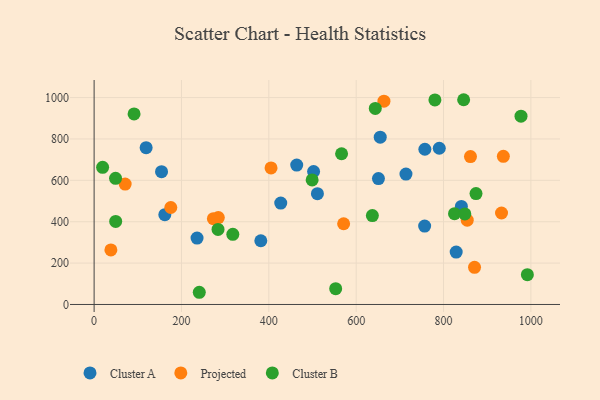
{"axis": {"x": "Distance", "y": "Sales"}, "legend": ["Cluster A", "Cluster B", "Projected"], "data": [{"x": "235.7", "y": 321.1, "type": "Cluster A"}, {"x": "427.3", "y": 489.9, "type": "Cluster A"}, {"x": "119.1", "y": 757.7, "type": "Cluster A"}, {"x": "756.8", "y": 379.0, "type": "Cluster A"}, {"x": "651.0", "y": 608.3, "type": "Cluster A"}, {"x": "463.9", "y": 673.6, "type": "Cluster A"}, {"x": "714.0", "y": 630.1, "type": "Cluster A"}, {"x": "502.5", "y": 642.7, "type": "Cluster A"}, {"x": "511.3", "y": 535.6, "type": "Cluster A"}, {"x": "381.7", "y": 308.0, "type": "Cluster A"}, {"x": "790.3", "y": 755.1, "type": "Cluster A"}, {"x": "161.9", "y": 433.9, "type": "Cluster A"}, {"x": "655.1", "y": 808.7, "type": "Cluster A"}, {"x": "757.3", "y": 750.3, "type": "Cluster A"}, {"x": "154.4", "y": 642.0, "type": "Cluster A"}, {"x": "840.9", "y": 474.0, "type": "Cluster A"}, {"x": "829.0", "y": 253.2, "type": "Cluster A"}, {"x": "175.6", "y": 468.7, "type": "Projected"}, {"x": "871.0", "y": 179.6, "type": "Projected"}, {"x": "284.4", "y": 420.0, "type": "Projected"}, {"x": "405.1", "y": 660.2, "type": "Projected"}, {"x": "273.1", "y": 414.9, "type": "Projected"}, {"x": "663.6", "y": 982.8, "type": "Projected"}, {"x": "571.3", "y": 390.2, "type": "Projected"}, {"x": "38.4", "y": 263.9, "type": "Projected"}, {"x": "71.1", "y": 581.7, "type": "Projected"}, {"x": "861.7", "y": 715.0, "type": "Projected"}, {"x": "932.8", "y": 442.1, "type": "Projected"}, {"x": "937.0", "y": 715.9, "type": "Projected"}, {"x": "854.3", "y": 407.3, "type": "Projected"}, {"x": "874.4", "y": 535.9, "type": "Cluster B"}, {"x": "499.2", "y": 602.2, "type": "Cluster B"}, {"x": "825.2", "y": 438.9, "type": "Cluster B"}, {"x": "848.8", "y": 437.5, "type": "Cluster B"}, {"x": "283.7", "y": 362.8, "type": "Cluster B"}, {"x": "992.0", "y": 144.0, "type": "Cluster B"}, {"x": "240.8", "y": 59.0, "type": "Cluster B"}, {"x": "977.4", "y": 910.2, "type": "Cluster B"}, {"x": "19.5", "y": 662.8, "type": "Cluster B"}, {"x": "637.1", "y": 429.8, "type": "Cluster B"}, {"x": "780.3", "y": 988.6, "type": "Cluster B"}, {"x": "846.1", "y": 989.6, "type": "Cluster B"}, {"x": "643.8", "y": 947.6, "type": "Cluster B"}, {"x": "91.5", "y": 921.2, "type": "Cluster B"}, {"x": "566.6", "y": 728.6, "type": "Cluster B"}, {"x": "553.1", "y": 76.2, "type": "Cluster B"}, {"x": "317.6", "y": 339.2, "type": "Cluster B"}, {"x": "49.4", "y": 401.2, "type": "Cluster B"}, {"x": "49.1", "y": 609.7, "type": "Cluster B"}]}